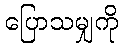
ပြောသမျှကို